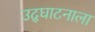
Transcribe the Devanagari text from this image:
उद्‌घाटनाला